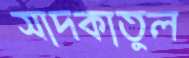
সাদকাতুল